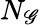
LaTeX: N_{\mathscr{G}}